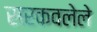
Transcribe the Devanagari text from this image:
सरकवलेले